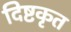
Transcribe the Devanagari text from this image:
दिष्टकृत